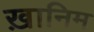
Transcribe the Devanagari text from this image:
ख़ानिम